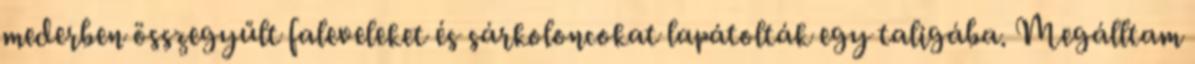
mederben összegyűlt faleveleket és sárkoloncokat lapátolták egy taligába. Megálltam